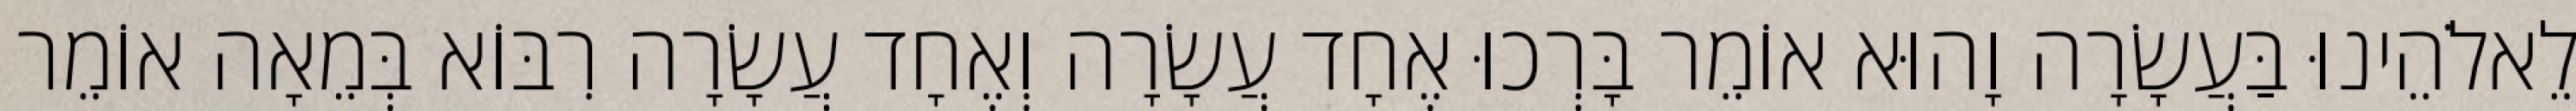
לֵאלֹהֵינוּ בַּעֲשָׂרָה וָהוּא אוֹמֵר בָּרְכוּ אֶחָד עֲשָׂרָה וְאֶחָד עֲשָׂרָה רִבּוֹא בְּמֵאָה אוֹמֵר